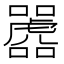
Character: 𫬲